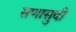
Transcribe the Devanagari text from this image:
सणासुदी